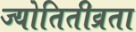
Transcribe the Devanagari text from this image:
ज्योतितीव्रता